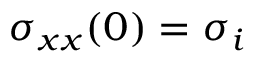
\sigma _ { x x } ( 0 ) = \sigma _ { i }